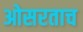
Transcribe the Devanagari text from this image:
ओसरताच